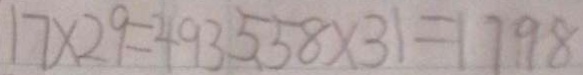
1 7 \times 2 9 = 4 9 3 5 . 5 8 \times 3 1 = 1 7 9 8